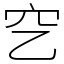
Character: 穵